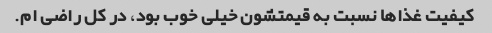
کیفیت غذاها نسبت به قیمتشون خیلی خوب بود، در کل راضی ام.